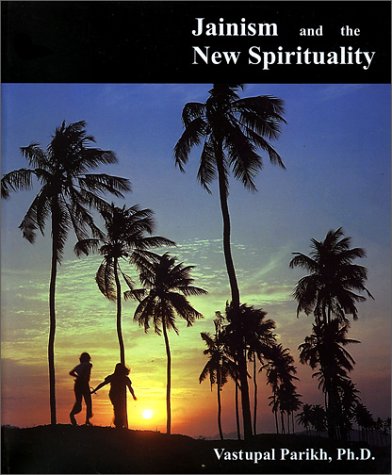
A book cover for Jainism and the New Spirituality; Vastupal Parikh; Religion & Spirituality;